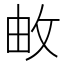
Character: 𮲓